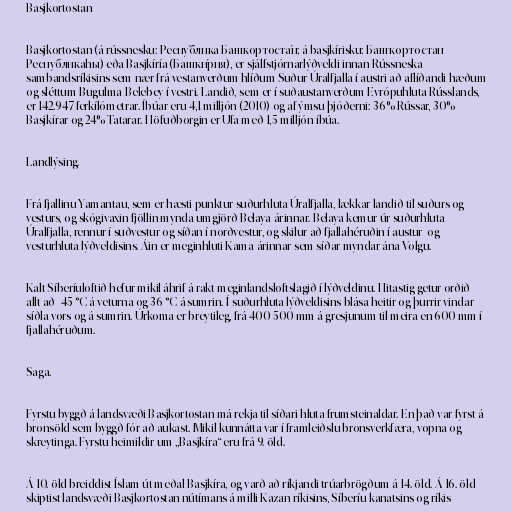
Basjkortostan

Basjkortostan (á rússnesku: Респу́блика Башкортоста́н; á basjkírisku: Башҡортостан
Республикаһы) eða Basjkíría (Башки́рия), er sjálfstjórnarlýðveldi innan Rússneska
sambandsríkisins sem nær frá vestanverðum hlíðum Suður-Úralfjalla í austri að aflíðandi hæðum
og sléttum Bugulma-Belebey í vestri. Landið, sem er í suðaustanverðum Evrópuhluta Rússlands,
er 142.947 ferkílómetrar. Íbúar eru 4,1 milljón (2010) og af ýmsu þjóðerni: 36% Rússar, 30%
Basjkírar og 24% Tatarar. Höfuðborgin er Ufa með 1,5 milljón íbúa.

Landlýsing.

Frá fjallinu Yamantau, sem er hæsti punktur suðurhluta Úralfjalla, lækkar landið til suðurs og
vesturs, og skógivaxin fjöllin mynda umgjörð Belaya-árinnar. Belaya kemur úr suðurhluta
Úralfjalla, rennur í suðvestur og síðan í norðvestur, og skilur að fjallahéruðin í austur- og
vesturhluta lýðveldisins. Áin er meginhluti Kama-árinnar sem síðar myndar ána Volgu.

Kalt Síberíuloftið hefur mikil áhrif á rakt meginlandsloftslagið í lýðveldinu. Hitastig getur orðið
allt að -45 °C á veturna og 36 °C á sumrin. Í suðurhluta lýðveldisins blása heitir og þurrir vindar
síðla vors og á sumrin. Úrkoma er breytileg, frá 400-500 mm á gresjunum til meira en 600 mm í
fjallahéruðum.

Saga.

Fyrstu byggð á landsvæði Basjkortostan má rekja til síðari hluta frumsteinaldar. En það var fyrst á
bronsöld sem byggð fór að aukast. Mikil kunnátta var í framleiðslu bronsverkfæra, vopna og
skreytinga. Fyrstu heimildir um „Basjkíra“ eru frá 9. öld.

Á 10. öld breiddist Íslam út meðal Basjkíra, og varð að ríkjandi trúarbrögðum á 14. öld. Á 16. öld
skiptist landsvæði Basjkortostan nútímans á milli Kazan-ríkisins, Síberíu-kanatsins og ríkis